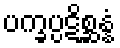
ပက္ခပ္ပဋိစ္ဆန္နံ